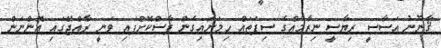
ޤާނޫނު އަސާސީ ރިޔާސީ ނިޒާމެއްގެ ސިފަތައް ހިމަނައިގެން ފާސްކޮށްފައި ވަނީ ރާއްޖޭގައި އޮންނަން